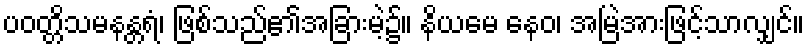
ပဝတ္တိသမနန္တရံ၊ ဖြစ်သည်၏အခြားမဲ့၌။ နိယမေ နေဝ၊ အမြဲအားဖြင့်သာလျှင်။